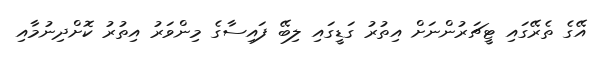
އޭގެ ތެރޭގައި ޓީޗަރުންނަށް އިތުރު ގަޑީގައި ލިބޭ ފައިސާގެ މިންވަރު އިތުރު ކޮށްދިނުމާއި